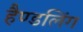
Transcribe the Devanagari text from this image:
हैण्डलिंग